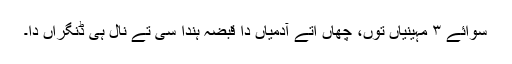
سوائے ٣ مہینیاں توں، چھاں اُتے آدمیاں دا قبضہ ہُندا سی تے نال ہی ڈنگراں دا۔